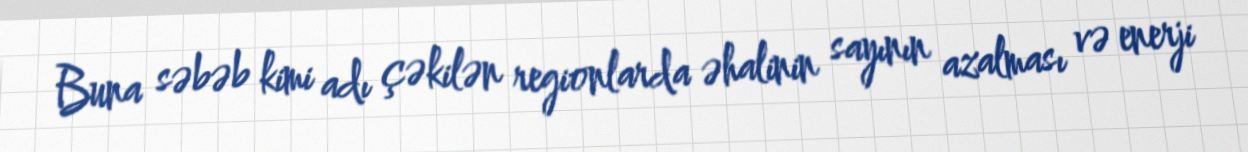
Buna səbəb kimi adı çəkilən regionlarda əhalinin sayının azalması və enerji